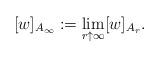
LaTeX: \begin{align*}[w]_{A_\infty}:=\lim_{r \uparrow \infty}[w]_{A_r}.\end{align*}